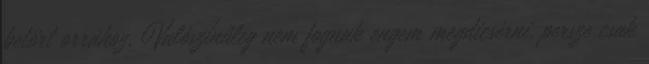
betört orrához. Valószínűleg nem fognak engem megdicsérni, persze csak